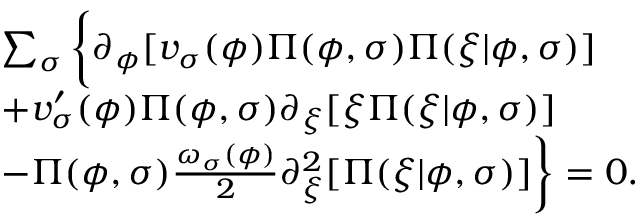
\begin{array} { r l } & { \sum _ { \sigma } \bigg \{ \partial _ { \phi } [ v _ { \sigma } ( \phi ) \Pi ( \phi , \sigma ) \Pi ( \xi \vert \phi , \sigma ) ] } \\ & { + v _ { \sigma } ^ { \prime } ( \phi ) \Pi ( \phi , \sigma ) \partial _ { \xi } [ \xi \Pi ( \xi \vert \phi , \sigma ) ] } \\ & { - \Pi ( \phi , \sigma ) \frac { \omega _ { \sigma } ( \phi ) } { 2 } \partial _ { \xi } ^ { 2 } [ \Pi ( \xi \vert \phi , \sigma ) ] \bigg \} = 0 . } \end{array}